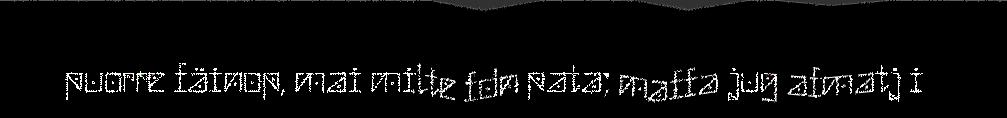
puorre fäinop, mai milte fdn pata; maffa jug afmatj i